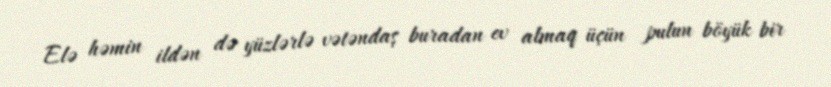
Elə həmin ildən də yüzlərlə vətəndaş buradan ev almaq üçün pulun böyük bir